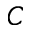
C